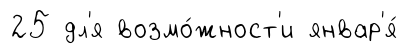
25 дл'я возмо́жност'и январ'я́